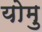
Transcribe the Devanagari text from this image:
योमु